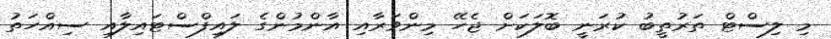
މި ލިސްޓް ތަރުތީބު ކުރަނީ ބޮލަކަށް ޖެހޭ މިންވަރާއި އާންމުންގެ ލައިފްސްޓައިލާއި ސިއްހަތު